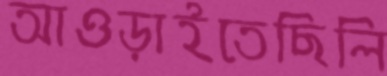
আওড়াইতেছিলি